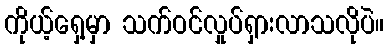
ကိုယ့်ရှေ့မှာ သက်ဝင်လှုပ်ရှားလာသလိုပဲ။